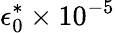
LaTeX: \epsilon_{0}^{*}\times 10^{-5}